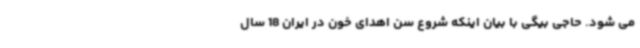
می شود. حاجی بیگی با بیان اینکه شروع سن اهدای خون در ایران 18 سال